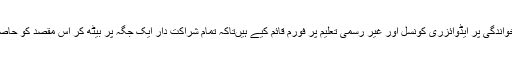
کمیشن نے خواندگی پر ایڈوائزری کونسل اور غیر رسمی تعلیم پر فورم قائم کیے ہیںتاکہ تمام شراکت دار ایک جگہ پر بیٹھ کر اس مقصد کو حاصل کر سکیں۔